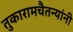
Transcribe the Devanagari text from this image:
तुकारामचैतन्यांनी